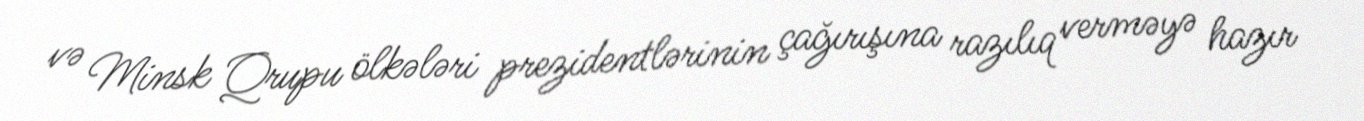
və Minsk Qrupu ölkələri prezidentlərinin çağırışına razılıq verməyə hazır